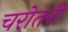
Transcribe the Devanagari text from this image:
चरोतरी